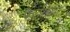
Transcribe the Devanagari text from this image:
फडांच्या